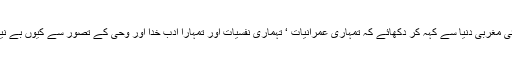
ذرا کوئی مغربی دنیا سے کہہ کر دکھائے کہ تمہاری عمرانیات ‘ تہماری نفسیات اور تمہارا ادب خدا اور وحی کے تصور سے کیوں بے نیاز ہے؟